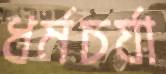
ধর্মচর্যা